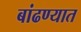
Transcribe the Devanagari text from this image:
बांढण्यात